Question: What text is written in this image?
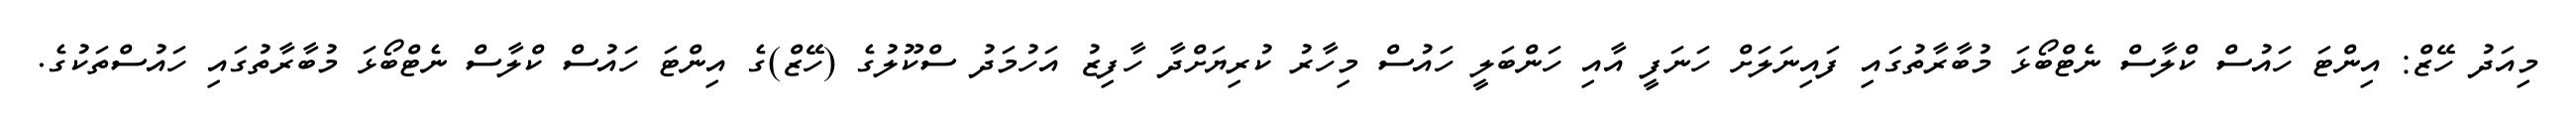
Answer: މިއަދު ހޭޒް: އިންޓަ ހައުސް ކްލާސް ނެޓްބޯޅަ މުބާރާތުގައި ފައިނަލަށް ހަނަފީ އާއި ހަންބަލީ ހައުސް މިހާރު ކުރިޔަށްދާ ހާފިޒު އަހުމަދު ސްކޫލުގެ (ހޭޒް)ގެ އިންޓަ ހައުސް ކްލާސް ނެޓްބޯޅަ މުބާރާތުގައި ހައުސްތަކުގެ.